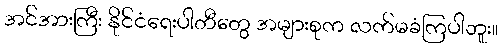
အင်အားကြီး နိုင်ငံရေးပါတီတွေ အများစုက လက်မခံကြပါဘူး။